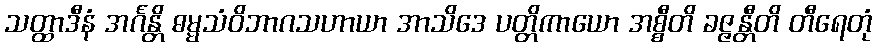
သတ္ထာဒီနံ အင်္ဂန္တိ ဓမ္မသံဝိဘာဂသဟာယာ အာသိဒေ ပတ္တိကာယော အစ္စီတိ ခဇ္ဇန္တီတိ တီရေတုံ